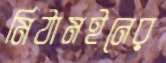
মিঠামইনের